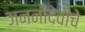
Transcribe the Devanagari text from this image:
जननीदेवीचे